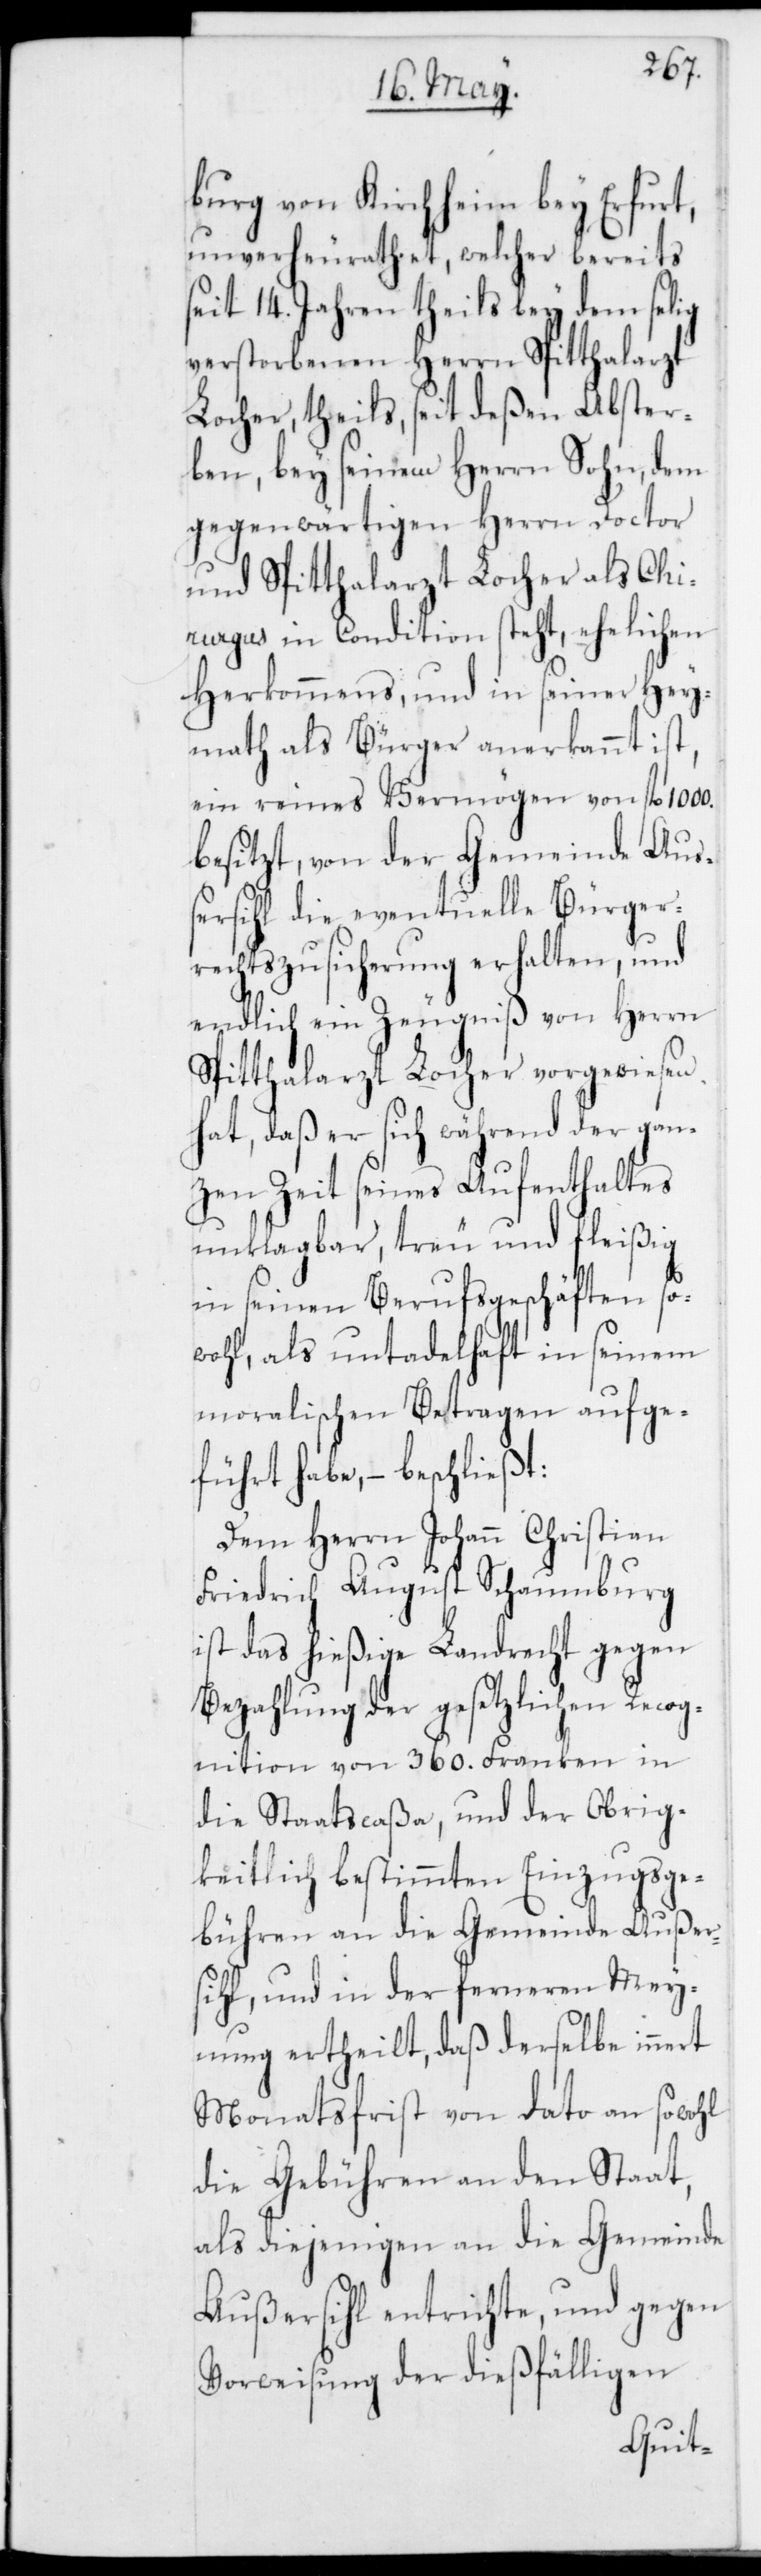
burg von Kirchheim bey Erfurt,
unverheurathet, welcher bereits
seit 14. Jahren theils bey dem selig
verstorbenen Herrn Spitthalarzt
Locher, theils, seit deßen Abster¬
ben, bey seinem Herrn Sohn, dem
gegenwärtigen Herrn Doctor
und Spitthalarzt Locher als Chi¬
rurgus in Condition steht, ehelichen
Herkommens, und in seiner Hey¬
math als Bürger anerkannt ist,
ein reines Vermögen von fl. 1000.
besitzt, von der Gemeinde Auß¬
ersihl die eventuelle Bürger¬
rechtszusicherung erhalten, und
endlich ein Zeugniß von Herrn
Spitthalarzt Locher vorgewiesen
hat, daß er sich während der gan¬
zen Zeit seines Aufenthaltes
unklagbar, treu und fleißig
in seinen Berufsgeschäften so¬
wohl, als untadelhaft in seinem
moralischen Betragen aufge¬
führt habe, – beschließt:
Dem Herrn Johann Christian
Friedrich August Schaumburg
ist das hießige Landrecht gegen
Bezahlung der gesetzlichen Recog¬
nition von 360. Franken in
die Staatscaßa, und der Obrig¬
keitlich bestimmten Einzugsge¬
bühren an die Gemeinde Außer¬
sihl, und in der ferneren Mey¬
nung ertheilt, daß derselbe innert
Monatsfrist von dato an sowohl
die Gebühren an den Staat,
als diejenigen an die Gemeinde
Außersihl entrichte, und gegen
Vorweisung der dießfälligen